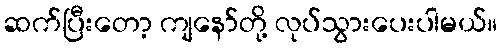
ဆက်ပြီးတော့ ကျနော်တို့ လုပ်သွားပေးပါမယ်။